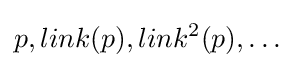
p,link(p),link^{2}(p),\dots